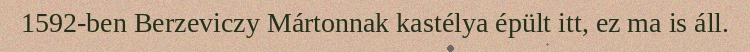
1592-ben Berzeviczy Mártonnak kastélya épült itt, ez ma is áll.